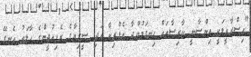
"އިސްރާއީލަކީ އިންސާނީ ކާރިސާތައް ހިނގަމުންދާ އެފްރިކާ އަދި ސީރިޔާގެ ރެފިއުޖީންގެ ހާލަތު އެނގޭ